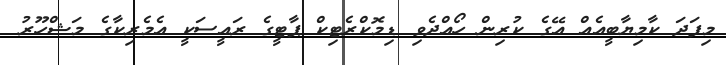
މިފަދަ ކާމިޔާބީއެއް އޭގެ ކުރިން ހޯއްދެވި ޑިމޮކްރެޓިކް ޕާޓީގެ ރައީސަކީ އެމެރިކާގެ މަޝްހޫރު